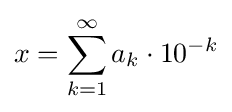
x=\sum _{k=1}^{\infty }a_{k}\cdot 10^{-k}